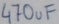
Text: 470uF